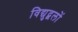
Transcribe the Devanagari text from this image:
विद्युद्बलों